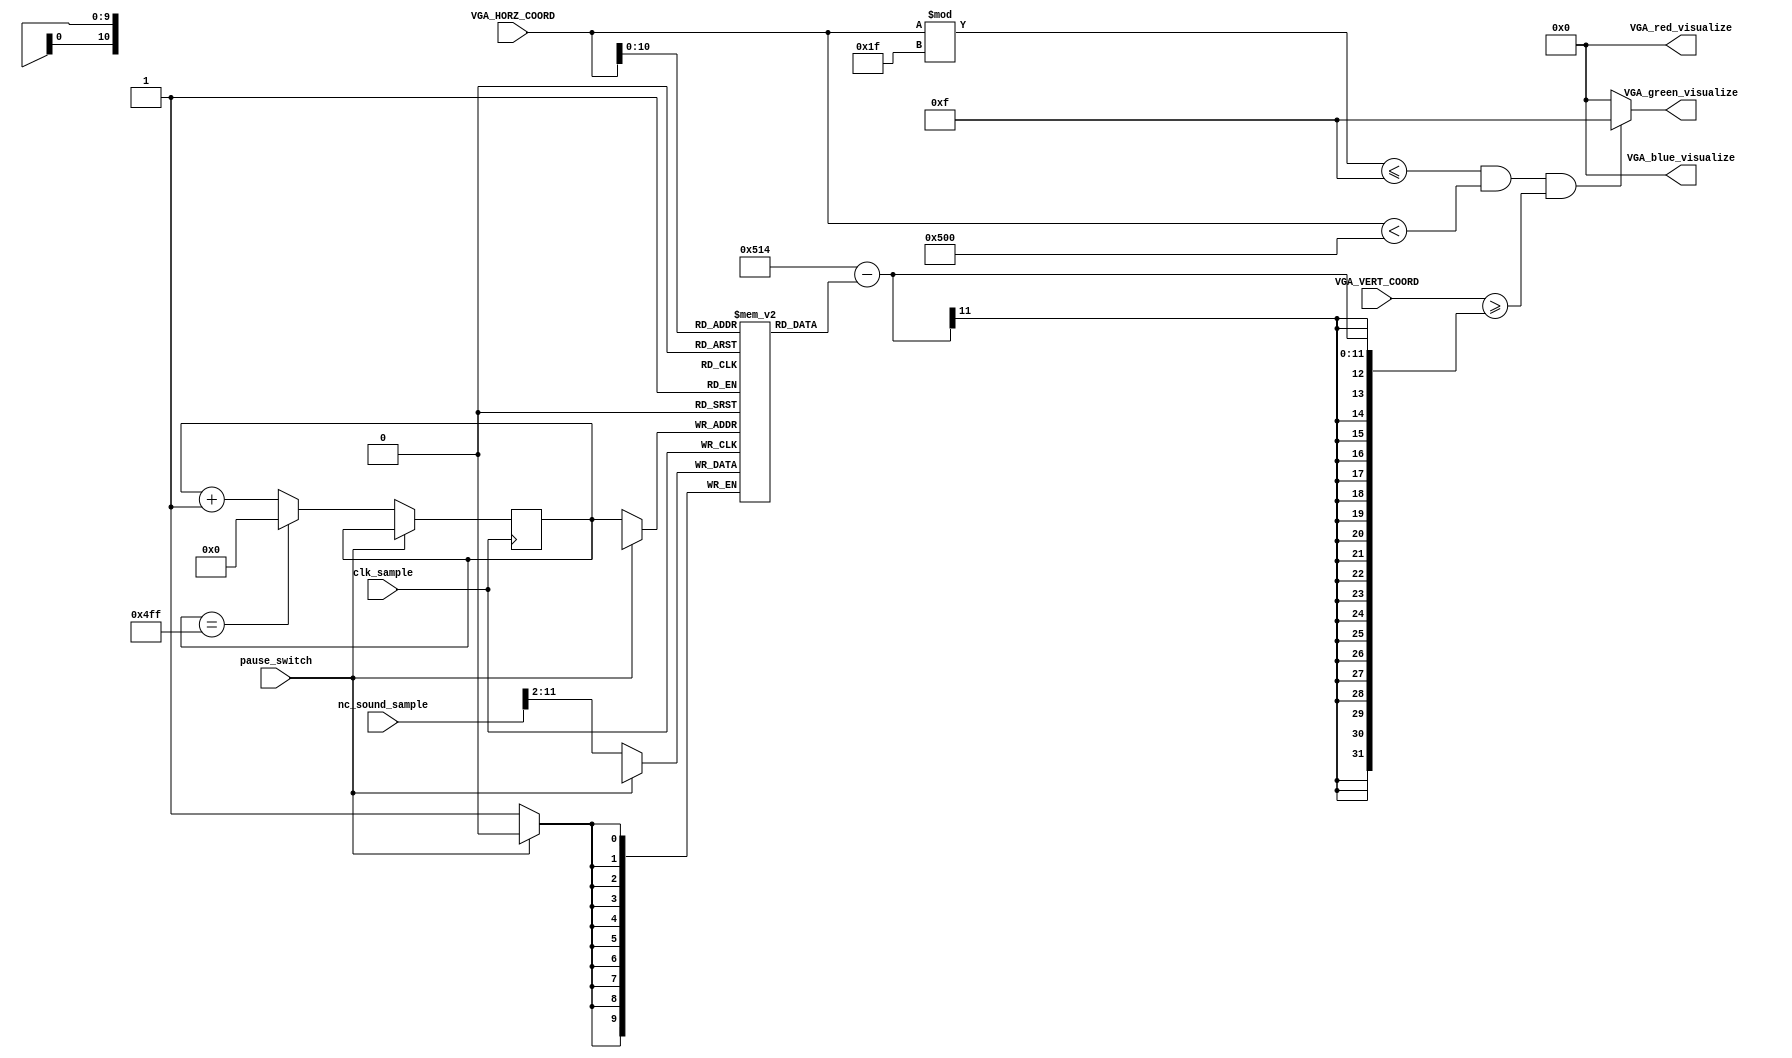
`timescale 1ns / 1ps
//////////////////////////////////////////////////////////////////////////////////
// Company: 
// Engineer: 
// 
// Design Name: 
// Module Name: bar_visualization
// Project Name: 
// Target Devices: 
// Tool Versions: 
// Description: 
// 
// Dependencies: 
// 
// Revision:
// Revision 0.01 - File Created
// Additional Comments:
// 
//////////////////////////////////////////////////////////////////////////////////


module bar_visualization(
    input clk_sample,
    input pause_switch,
    
    input [11:0] VGA_HORZ_COORD,
    input [11:0] VGA_VERT_COORD,
    input [11:0] nc_sound_sample,
    
    output [3:0] VGA_red_visualize,
    output [3:0] VGA_green_visualize,
    output [3:0] VGA_blue_visualize
    );
    
    
    reg [9:0] Sample_Memory[1279:0];
    reg [10:0] i = 0;
    
    always @ (posedge clk_sample) begin
        if (pause_switch == 0) begin
            i <= (i == 1279) ? 0 : i + 1;
            Sample_Memory[i] <= nc_sound_sample [11:2];
        end
    end
    
    wire bar_column_condition = (VGA_HORZ_COORD %31 <= 15 && VGA_HORZ_COORD < 1280 && (VGA_VERT_COORD >= (1300 - Sample_Memory[VGA_HORZ_COORD])));
    
    assign VGA_red_visualize = bar_column_condition ? 4'h0 : 0;
    assign VGA_green_visualize = bar_column_condition ? 4'hF : 0;
    assign VGA_blue_visualize = bar_column_condition ? 4'h0 : 0;
endmodule